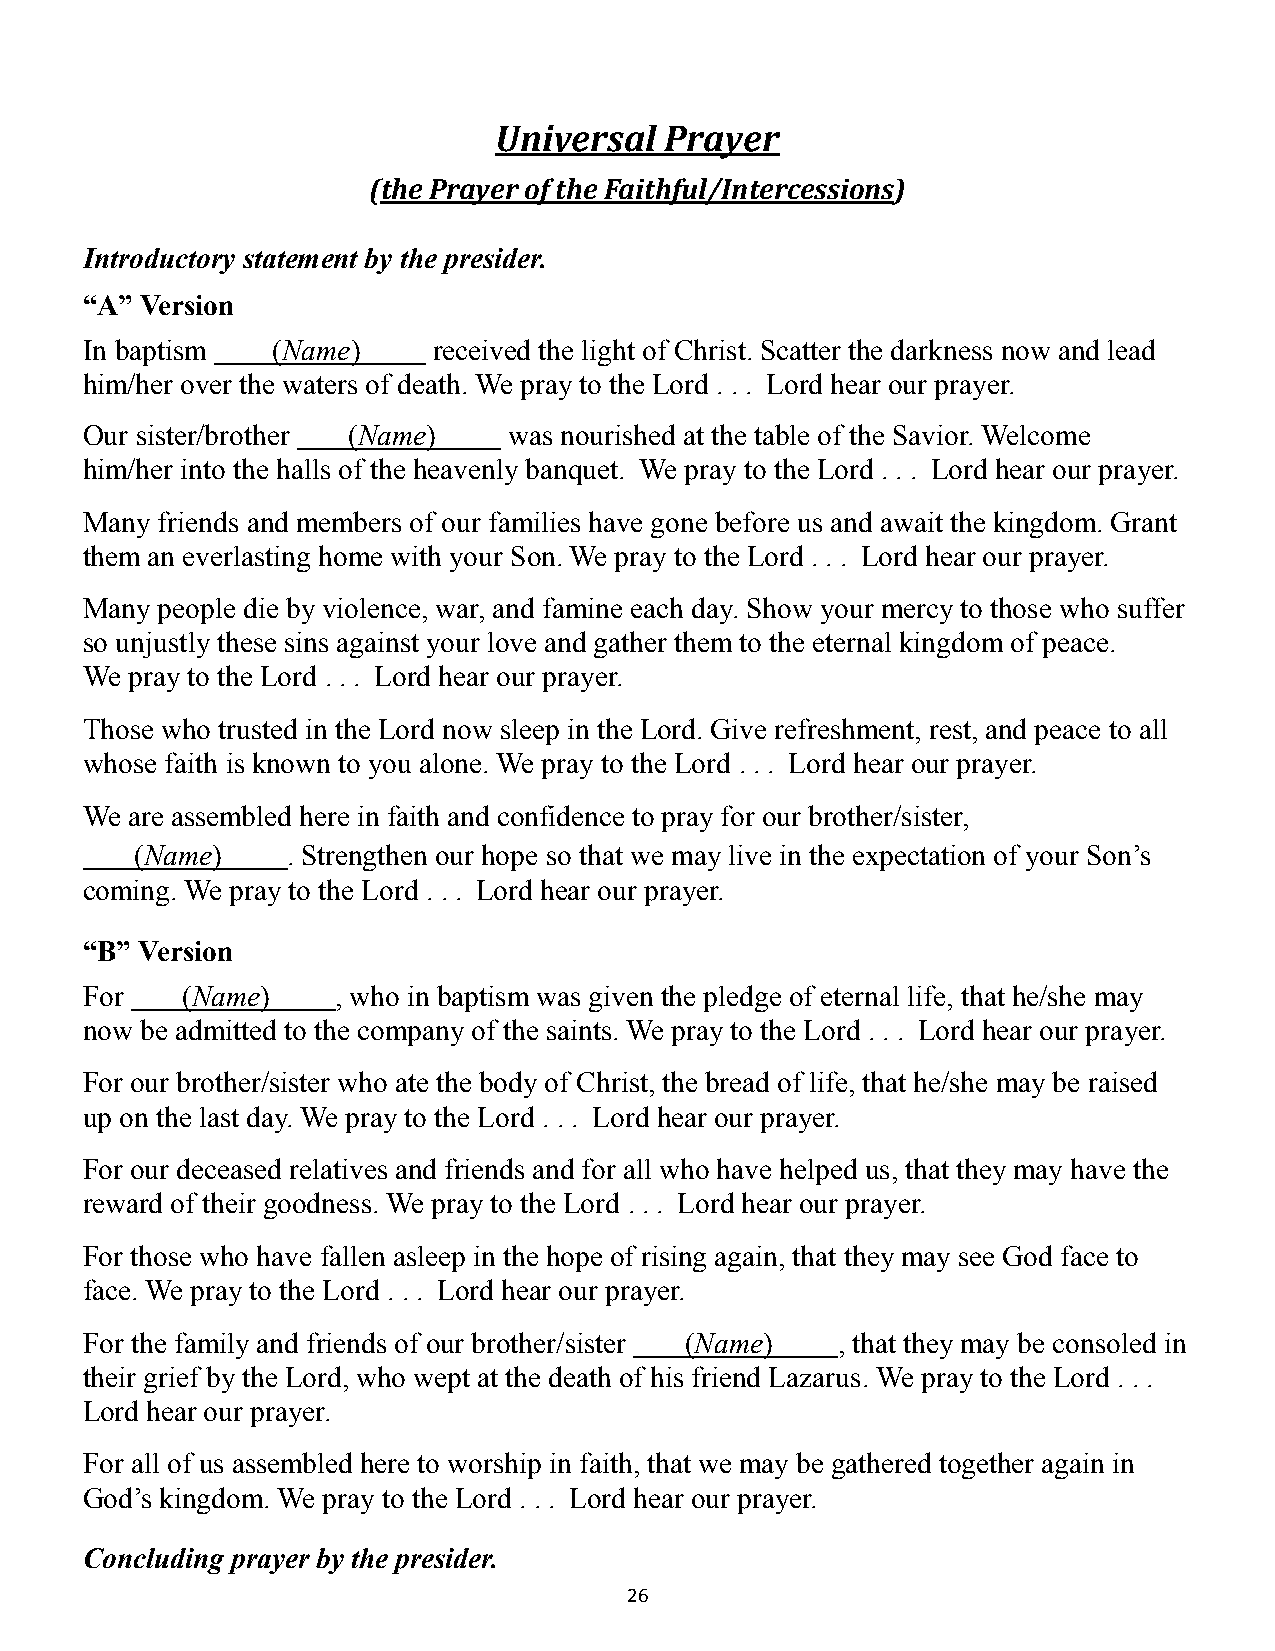
Universal  Prayer
 (the Prayer of the Faithful/Intercessions)
 Introductory statement by the presider.
 “A” Version
 In baptism   (Name)     received the light of Christ. Scatter the darkness now and lead
 him/her over the waters of death. We pray to the Lord . . . Lord hear our prayer.
 Our sister/brother (Name)    was nourished at the table of the Savior. Welcome
 him/her into the halls of the heavenly banquet. We pray to the Lord . . . Lord hear our prayer.
 Many friends and members of our families have gone before us and await the kingdom. Grant
 them an everlasting home with your Son. We pray to the Lord . . . Lord hear our prayer.
 Many people die by violence, war, and famine each day. Show your mercy to those who suffer
 so unjustly these sins against your love and gather them to the eternal kingdom of peace.
 We pray to the Lord . . . Lord hear our prayer.
 Those who trusted in the Lord now sleep in the Lord. Give refreshment, rest, and peace to all
 whose faith is known to you alone. We pray to the Lord . . . Lord hear our prayer.
 We are assembled here in faith and confidence to pray for our brother/sister,
 (Name)    . Strengthen our hope so that we may live in the expectation of your Son’s
 coming. We pray to the Lord . . . Lord hear our prayer.
 “B” Version
 For    (Name)    , who in baptism was given the pledge of eternal life, that he/she may
 now be admitted to the company of the saints. We pray to the Lord . . . Lord hear our prayer.
 For our brother/sister who ate the body of Christ, the bread of life, that he/she may be raised
 up on the last day. We pray to the Lord . . . Lord hear our prayer.
 For our deceased relatives and friends and for all who have helped us, that they may have the
 reward of their goodness. We pray to the Lord . . . Lord hear our prayer.
 For those who have fallen asleep in the hope of rising again, that they may see God face to
 face. We pray to the Lord . . . Lord hear our prayer.
 For the family and friends of our brother/sister (Name) , that they may be consoled in
 their grief by the Lord, who wept at the death of his friend Lazarus. We pray to the Lord . . .
 Lord hear our prayer.
 For all of us assembled here to worship in faith, that we may be gathered together again in
 God’s kingdom. We pray to the Lord . . . Lord hear our prayer.
 Concluding prayer by the presider.
 26